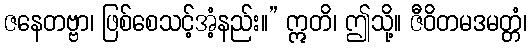
ဇနေတဗ္ဗာ၊ ဖြစ်စေသင့်အံ့နည်း။” ဣတိ၊ ဤသို့။ ဇီဝိတမဒမတ္တံ၊